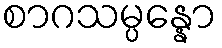
စာဂသမ္ပန္နော